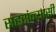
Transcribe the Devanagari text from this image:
सहसंन्यासी